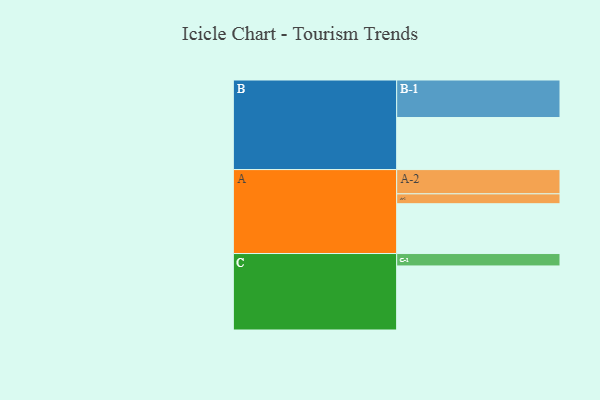
{"axis": {"x": "Segment", "y": "Value"}, "legend": ["", "A", "B", "C"], "data": [{"x": "A", "y": 353, "type": ""}, {"x": "B", "y": 369, "type": ""}, {"x": "C", "y": 454, "type": ""}, {"x": "A-1", "y": 70, "type": "A"}, {"x": "A-2", "y": 172, "type": "A"}, {"x": "B-1", "y": 266, "type": "B"}, {"x": "C-1", "y": 88, "type": "C"}]}